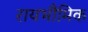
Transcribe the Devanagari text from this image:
रायभौमिक